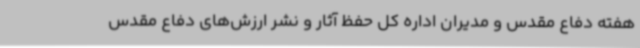
هفته دفاع مقدس و مدیران اداره کل حفظ آثار و نشر ارزش‌های دفاع مقدس